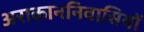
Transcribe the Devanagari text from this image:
अराकाननिवासियों